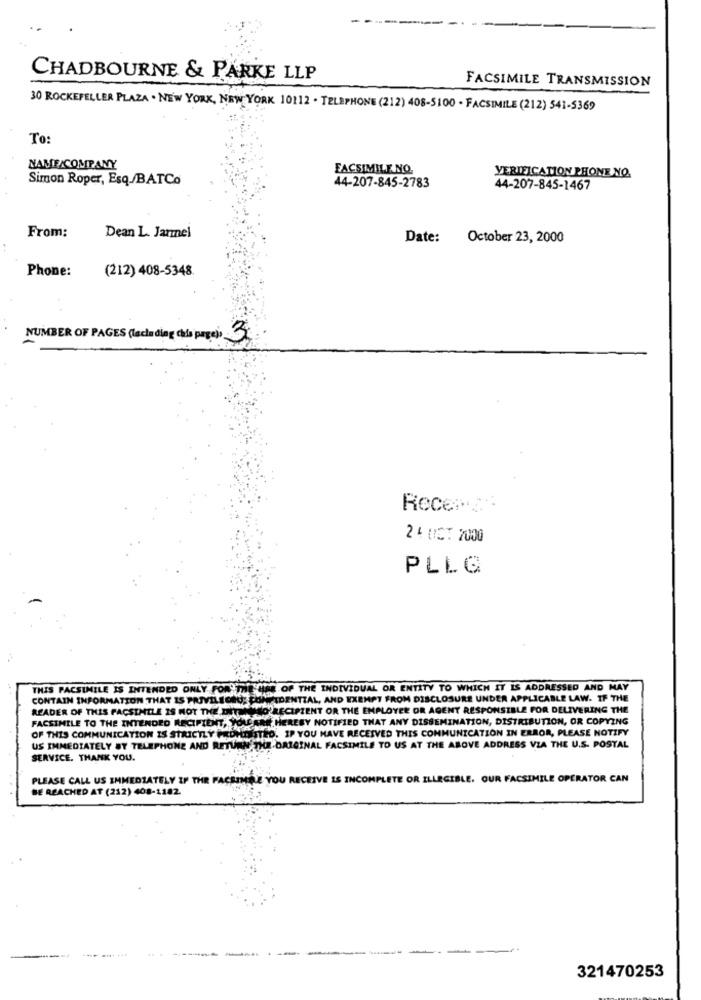
CHADBOURNE & PARKE LLP
FACSIMILE TRANSMISSION
30 ROCKEFELLER PLAZA . NEW YORK, NEW YORK 10112 . TELEPHONE (212) 408-5100 - FACSIMILE (212) 541-5369
To:
NAME/COMPANY
FACSIMILE NO.
Simon Roper, Esq/BATCo
VERIFICATION PHONE NO.
44-207-845-2783
44-207-845-1467
From:
Dean L. Jarmel
Date:
October 23, 2000
Phone:
(212) 408-5348
NUMBER OF PAGES (lacha ding cela page) 3
2 º UCT 2000
PLLG
THIS FACSIMILE IS INTENDED ONLY FOR THE USE OF THE INDIVIDUAL OR ENTITY TO WHICH IT IS ADDRESSED AND MAY
CONTAIN INFORMATION THAT IS PRIVILEDEG; CONFIDENTIAL, AND EXEMPT FROM DISCLOSURE UNDER APPLICABLE LAW. IF THE
READER OF THIS FACSIMILE IS NOT THE DETE
NO RECIPIENT OR THE EMPLOYEE OR AGENT RESPONSIBLE FOR DELIVERING THE
FACSIMILE TO THE INTENDED RECIPIENT, YOUARE HEREBY NOTIFIED THAT ANY DISSEMINATION, DISTRIBUTION, OR COPYING
OF THIS COMMUNICATION IS STRICTLY PONTSSTED. IP YOU HAVE RECEIVED THIS COMMUNICATION IN ERROR, PLEASE NOTIFY
US IMMEDIATELY BY TELEPHONE AND RETURN THE ORIGINAL FACSIMILE TO US AT THE ABOVE ADDRESS VIA THE U.S. POSTAL
SERVICE. THANK YOU.
PLEASE CALL US IMMEDIATELY IF THE FACEIHRE YOU RECEIVE IS INCOMPLETE OR ILLEGIBLE. OUR FACSIMILE OPERATOR CAN
BE REACHED AT (212) 408-1182.
321470253